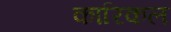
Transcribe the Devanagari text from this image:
कारिकल